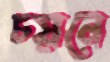
চয়নে